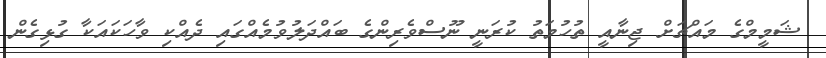
ޝަމީމްގެ މައްޗަށް ޖިނާއީ ތުހުމަތު ކުރަނީ ނޫސްވެރިންގެ ބައްދަލުވުމެއްގައި ދެއްކި ވާހަކައަކާ ގުޅިގެން